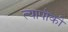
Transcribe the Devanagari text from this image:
त्यापौकी